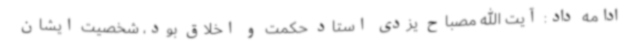
ادامه داد: آیت الله مصباح یزدی استاد حکمت و اخلاق بود، شخصیت ایشان